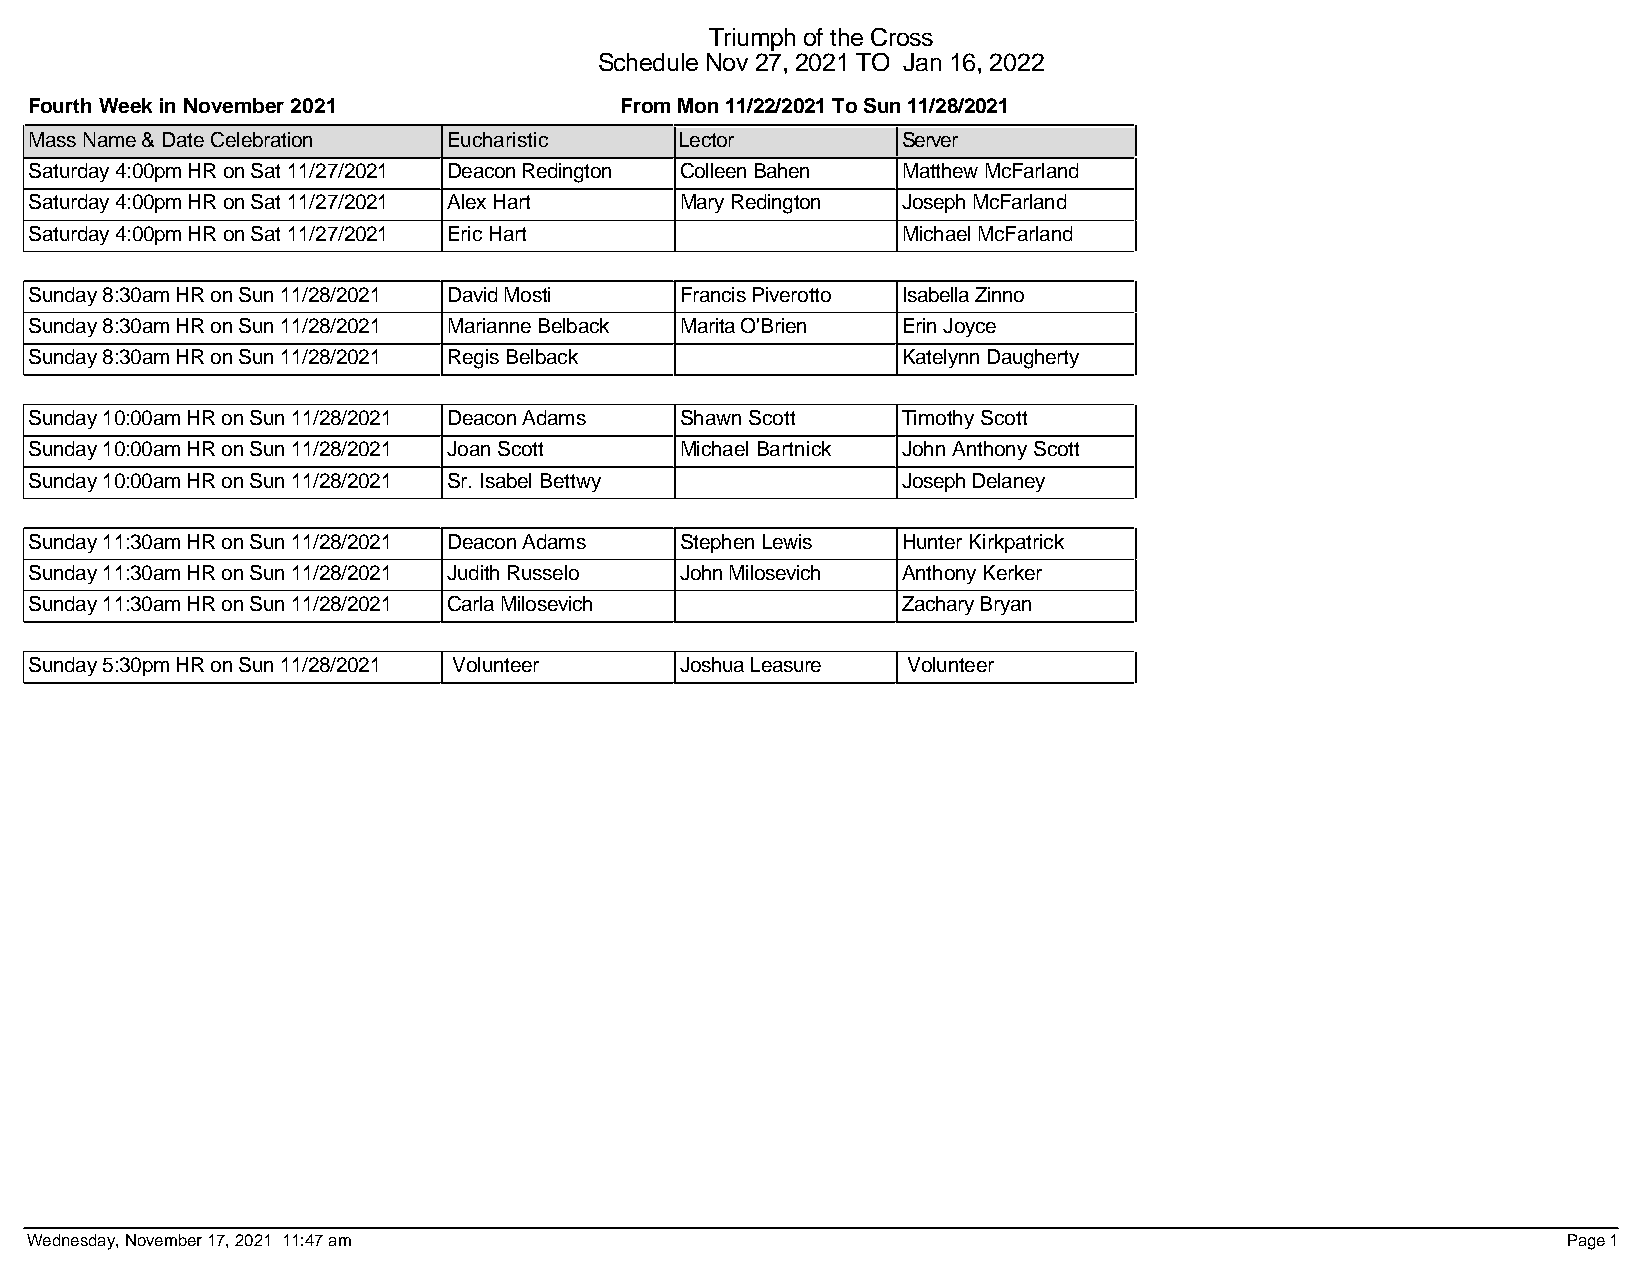
Triumph of the Cross
 Schedule Nov 27, 2021 TO Jan 16, 2022
 Fourth Week in November 2021           From Mon 11/22/2021 To Sun 11/28/2021
 Mass Name & Date Celebration Eucharistic   Lector         Server
 Saturday 4:00pm HR on Sat 11/27/2021 Deacon Redington Colleen Bahen Matthew McFarland
 Saturday 4:00pm HR on Sat 11/27/2021 Alex Hart Mary Redington Joseph McFarland
 Saturday 4:00pm HR on Sat 11/27/2021 Eric Hart            Michael McFarland
 Sunday 8:30am HR on Sun 11/28/2021 David Mosti Francis Piverotto Isabella Zinno
 Sunday 8:30am HR on Sun 11/28/2021 Marianne Belback Marita O'Brien Erin Joyce
 Sunday 8:30am HR on Sun 11/28/2021 Regis Belback          Katelynn Daugherty
 Sunday 10:00am HR on Sun 11/28/2021 Deacon Adams Shawn Scott Timothy Scott
 Sunday 10:00am HR on Sun 11/28/2021 Joan Scott Michael Bartnick John Anthony Scott
 Sunday 10:00am HR on Sun 11/28/2021 Sr. Isabel Bettwy     Joseph Delaney
 Sunday 11:30am HR on Sun 11/28/2021 Deacon Adams Stephen Lewis Hunter Kirkpatrick
 Sunday 11:30am HR on Sun 11/28/2021 Judith Russelo John Milosevich Anthony Kerker
 Sunday 11:30am HR on Sun 11/28/2021 Carla Milosevich      Zachary Bryan
 Sunday 5:30pm HR on Sun 11/28/2021 Volunteer Joshua Leasure Volunteer
 Wednesday, November 17, 2021 11:47 am                                                                 Page 1